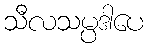
သီလသမ္ပဒါပေ